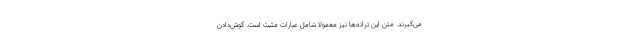
می‌گیرند. متن این ترانه‌ها نیز معمولا شامل عبارات مثبت است. گوش‌دادن